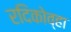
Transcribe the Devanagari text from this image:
रदिकोव्हा